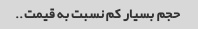
حجم بسیار کم نسبت به قیمت..